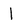
Character: 1